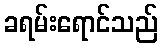
ခရမ်းရောင်သည်